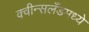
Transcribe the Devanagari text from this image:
क्वीन्सलँडमध्ये